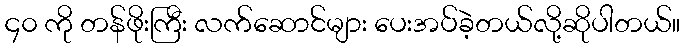
၄၀ ကို တန်ဖိုးကြီး လက်ဆောင်များ ပေးအပ်ခဲ့တယ်လို့ဆိုပါတယ်။